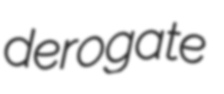
derogate